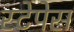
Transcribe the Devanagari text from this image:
स्टेपेस